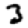
Digit: 3